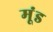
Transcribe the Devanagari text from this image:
मूंड